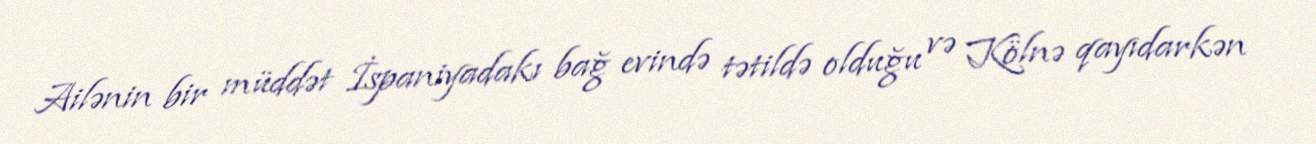
Ailənin bir müddət İspaniyadakı bağ evində tətildə olduğu və Kölnə qayıdarkən